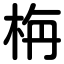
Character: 栴